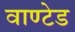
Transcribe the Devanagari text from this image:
वाण्टेड